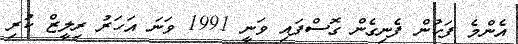
އެންމެ ފަހުން ފެނިގެން ގޮސްފައި ވަނީ 1991 ވަނަ އަހަރު ރިލީޒް ކުރި